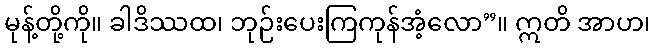
မုန့်တို့ကို။ ခါဒိဿထ၊ ဘုဉ်းပေးကြကုန်အံ့လော”။ ဣတိ အာဟ၊